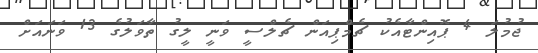
ޖުމުލަ 4 ޕޮއިންޓާއެކު ޗެމްޕިއަން ޗެލްސީ ވަނީ ލީގު ތާވަލުގެ 13 ވަނައަށް